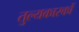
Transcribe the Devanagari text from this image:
तुल्यकारकों